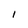
Character: I